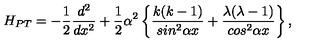
H _ { P T } = - \frac { 1 } { 2 } \frac { d ^ { 2 } } { d x ^ { 2 } } + \frac { 1 } { 2 } \alpha ^ { 2 } \left\{ \frac { k ( k - 1 ) } { s i n ^ { 2 } \alpha { x } } + \frac { \lambda ( \lambda - 1 ) } { c o s ^ { 2 } \alpha { x } } \right\} ,